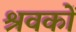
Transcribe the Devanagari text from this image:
श्रवकों